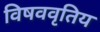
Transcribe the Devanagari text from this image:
विषववृतिय